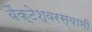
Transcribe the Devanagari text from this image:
वैंक्टेश्वरस्वामी